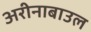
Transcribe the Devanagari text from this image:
अरीनाबाउल